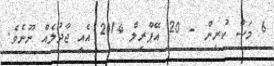
6 މަސް ކުރިން - 20 އޭޕްރިލް 2014 އެއީ ޖާދުލެއް ނޫނެވެ.